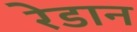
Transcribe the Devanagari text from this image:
रेडान